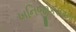
ખનિજીકરણના